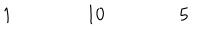
LaTeX: \begin{array} { c c c c c c c c c c c c c c c c c } { { } } & { { } } & { { } } & { { 1 } } & { { } } & { { } } & { { } } & { { 1 0 } } & { { } } & { { } } & { { } } & { { 5 } } & { { } } & { { } } & { { } } & { { } } \\ \end{array}